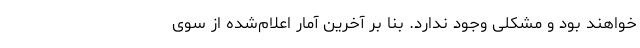
خواهند بود و مشکلی وجود ندارد. بنا بر آخرین آمار اعلام‌شده از سوی